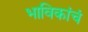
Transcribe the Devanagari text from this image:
भाविकांचं